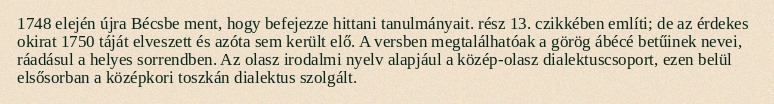
1748 elején újra Bécsbe ment, hogy befejezze hittani tanulmányait. rész 13. czikkében említi; de az érdekes okirat 1750 táját elveszett és azóta sem került elő. A versben megtalálhatóak a görög ábécé betűinek nevei, ráadásul a helyes sorrendben. Az olasz irodalmi nyelv alapjául a közép-olasz dialektuscsoport, ezen belül elsősorban a középkori toszkán dialektus szolgált.